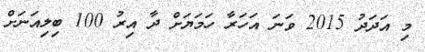
މި އަދަދު 2015 ވަނަ އަހަރާ ހަމަޔަށް ދާ އިރު 100 ބިލިއަނަށް